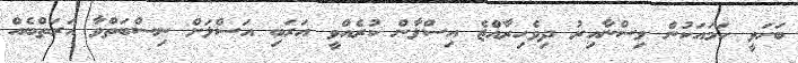
ބަހަވީ ހަމައަކުން ވިސްނާއިރު ދިވެހިރާއްޖެ އިސްލާން ކުރެއްވީ އަރަބި އަސްލަށް ނިސްބަތްވާ އަރަތްބެއް